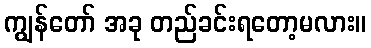
ကျွန်တော် အခု တည်ခင်းရတော့မလား။